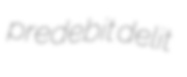
predebit delit